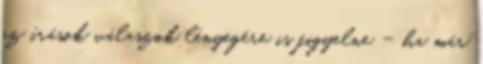
az írások válaszok lényegére is figyelne – ha már